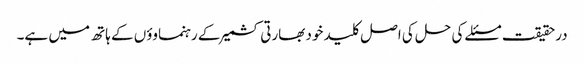
درحقیقت مسئلے کی حل کی اصل کلید خود بھارتی کشمیر کے رہنماوؤں کے ہاتھ میں ہے۔